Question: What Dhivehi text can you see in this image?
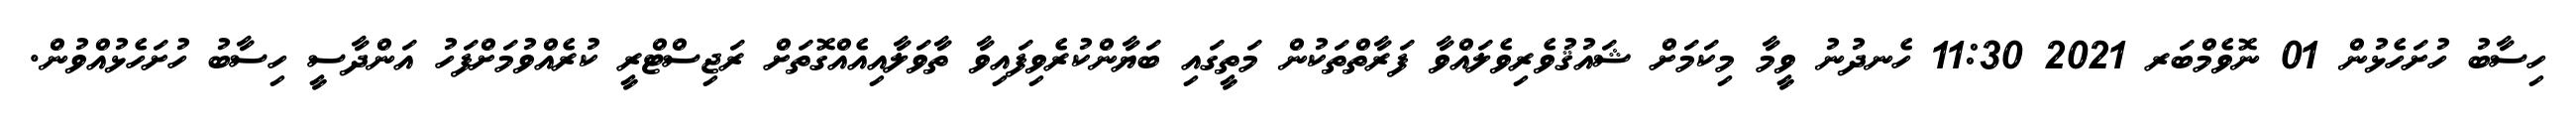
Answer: ހިސާބު ހުށަހެޅުން 01 ނޮވެމްބަރ 2021 11:30 ހެނދުނު ވީމާ މިކަމަށް ޝައުޤުވެރިވެލައްވާ ފަރާތްތަކުން މަތީގައި ބަޔާންކުރެވިފައިވާ ތާވަލާއިއެއްގޮތަށް ރަޖިސްޓްރީ ކުރެއްވުމަށްފަހު އަންދާސީ ހިސާބު ހުށަހެޅުއްވުން.